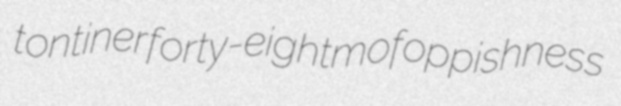
tontiner forty-eightmo foppishness